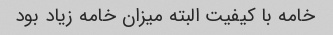
خامه با کیفیت البته میزان خامه زیاد بود